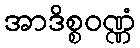
အာဒိစ္စဝဏ္ဏံ